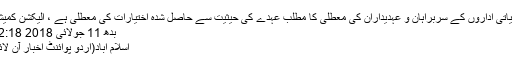
بلدیاتی اداروں کے سربراہان و عہدیداران کی معطلی کا مطلب عہدے کی حیثیت سے حاصل شدہ اختیارات کی معطلی ہے ،ْ الیکشن کمیشن
بدھ 11 جولائی 2018 22:18
اسلام آباد(اُردو پوائنٹ اخبار آن لائن۔